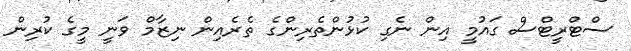
ސްޓްރީޓްސް ގައުމީ އިން ނެގި ކުޅުންތެރިންގެ ތެރެއިން ނިޒާމް ވަނީ މީގެ ކުރިން